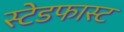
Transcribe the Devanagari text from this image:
स्टेडफास्ट